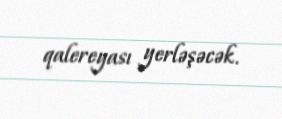
qalereyası yerləşəcək.